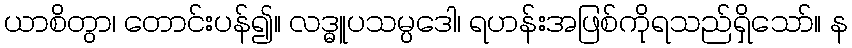
ယာစိတွာ၊ တောင်းပန်၍။ လဒ္ဓူပသမ္ပဒေါ၊ ရဟန်းအဖြစ်ကိုရသည်ရှိသော်။ န